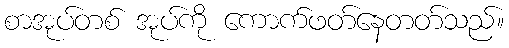
စာအုပ်တစ် အုပ်ကို ကောက်ဖတ်နေတတ်သည်။